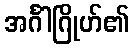
အင်္ဂါဂြိုဟ်၏